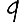
Digit: 9